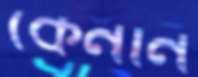
কেনান